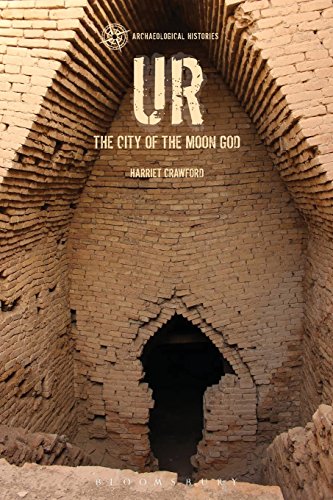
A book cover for Ur: The City of the Moon God (Archaeological Histories); Harriet Crawford; History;